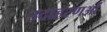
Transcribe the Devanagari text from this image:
उदाहरणओं